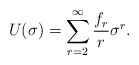
\begin{align*}U(\sigma) = \sum ^{\infty} _{r=2} \frac{f_r}{r} \sigma^r .\end{align*}